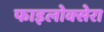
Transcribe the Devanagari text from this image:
फाइलोक्सेरा